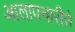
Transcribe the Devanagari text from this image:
आलापचारीचे